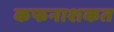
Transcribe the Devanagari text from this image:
कफनाशकत